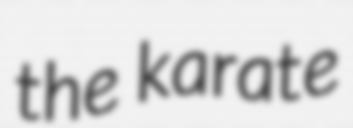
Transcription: the karate